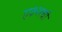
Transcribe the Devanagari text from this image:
ए३२१ची